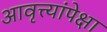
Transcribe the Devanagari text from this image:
आवृत्त्यांपेक्षा